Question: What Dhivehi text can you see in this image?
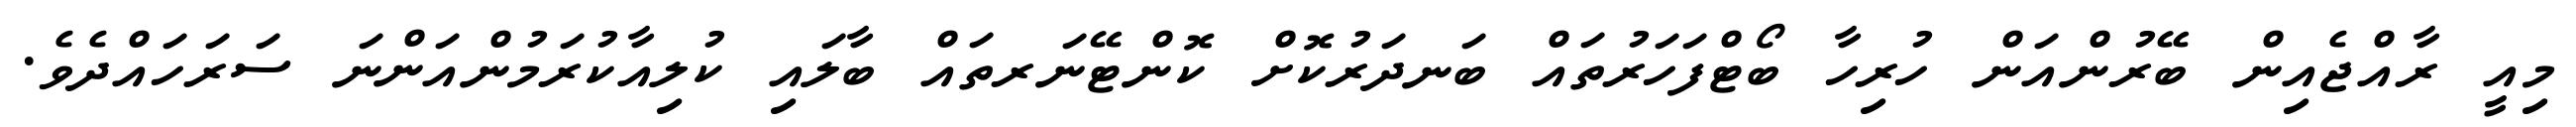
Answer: މިއީ ރާއްޖެއިން ބޭރުންއަން ހުރިހާ ބޯޓްފަހަރުތައް ބަނދަރުކޮށް ކޮންޓޭނަރތައް ބާލައި ކުލިއާކުރަމުންއަންނަ ސަރަހައްދެވެ.